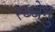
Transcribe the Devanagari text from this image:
रब्बेनु